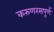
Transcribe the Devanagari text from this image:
करुणरसपूर्ण